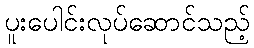
ပူးပေါင်းလုပ်ဆောင်သည့်